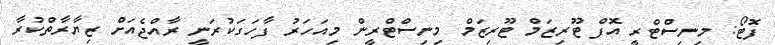
ފޮޓޯ: މިނިސްޓްރީ އޮފް ޓޫރިޒަމް ޓޫރިޒަމް މިނިސްޓްރީން މިއަހަރު ފާހަގަކުރަނީ ރާއްޖެއަށް ޒިޔާރާތްކުރާ